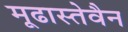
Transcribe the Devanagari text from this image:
मूढास्तेवैन